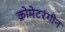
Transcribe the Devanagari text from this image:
क्रोमेटरंगीन